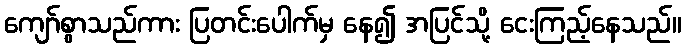
ကျော်စွာသည်ကား ပြတင်းပေါက်မှ နေ၍ အပြင်သို့ ငေးကြည့်နေသည်။